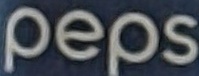
peps